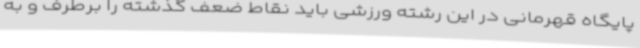
پایگاه قهرمانی در این رشته ورزشی باید نقاط ضعف گذشته را برطرف و به